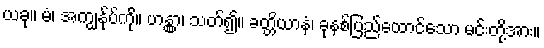
ယခု။ မံ၊ အကျွန်ုပ်ကို။ ဟန္တွာ၊ သတ်၍။ ခတ္တိယာနံ၊ ခုနစ်ပြည်ထောင်သော မင်းတို့အား။